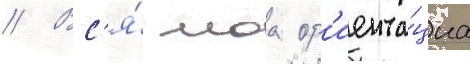
// Вс'я́ моа ор'иента́циа